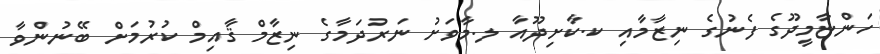
ހަންޏާމީދޫގެ ފެނުގެ ނިޒާމާއި ކ.ކާށިދޫއާ ލ.މާވަށު ނަރުދަމާގެ ނިޒާމް ޤާއިމް ކުރުމަށް ބޭނުންވާ